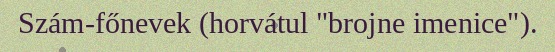
Szám-főnevek (horvátul "brojne imenice").